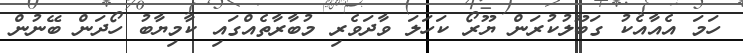
ހަމަ އެއާއެކު ގަބޫލުކުރަން ޔޫރޯ ކަހަލަ ވާދަވެރި މުބާރާތެއްގައި ކާމިޔާބު ހޯދަން ބޭނުން